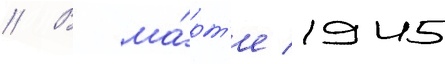
// В ма́рт'е 1945